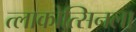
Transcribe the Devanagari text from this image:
त्लाकोत्सिनला